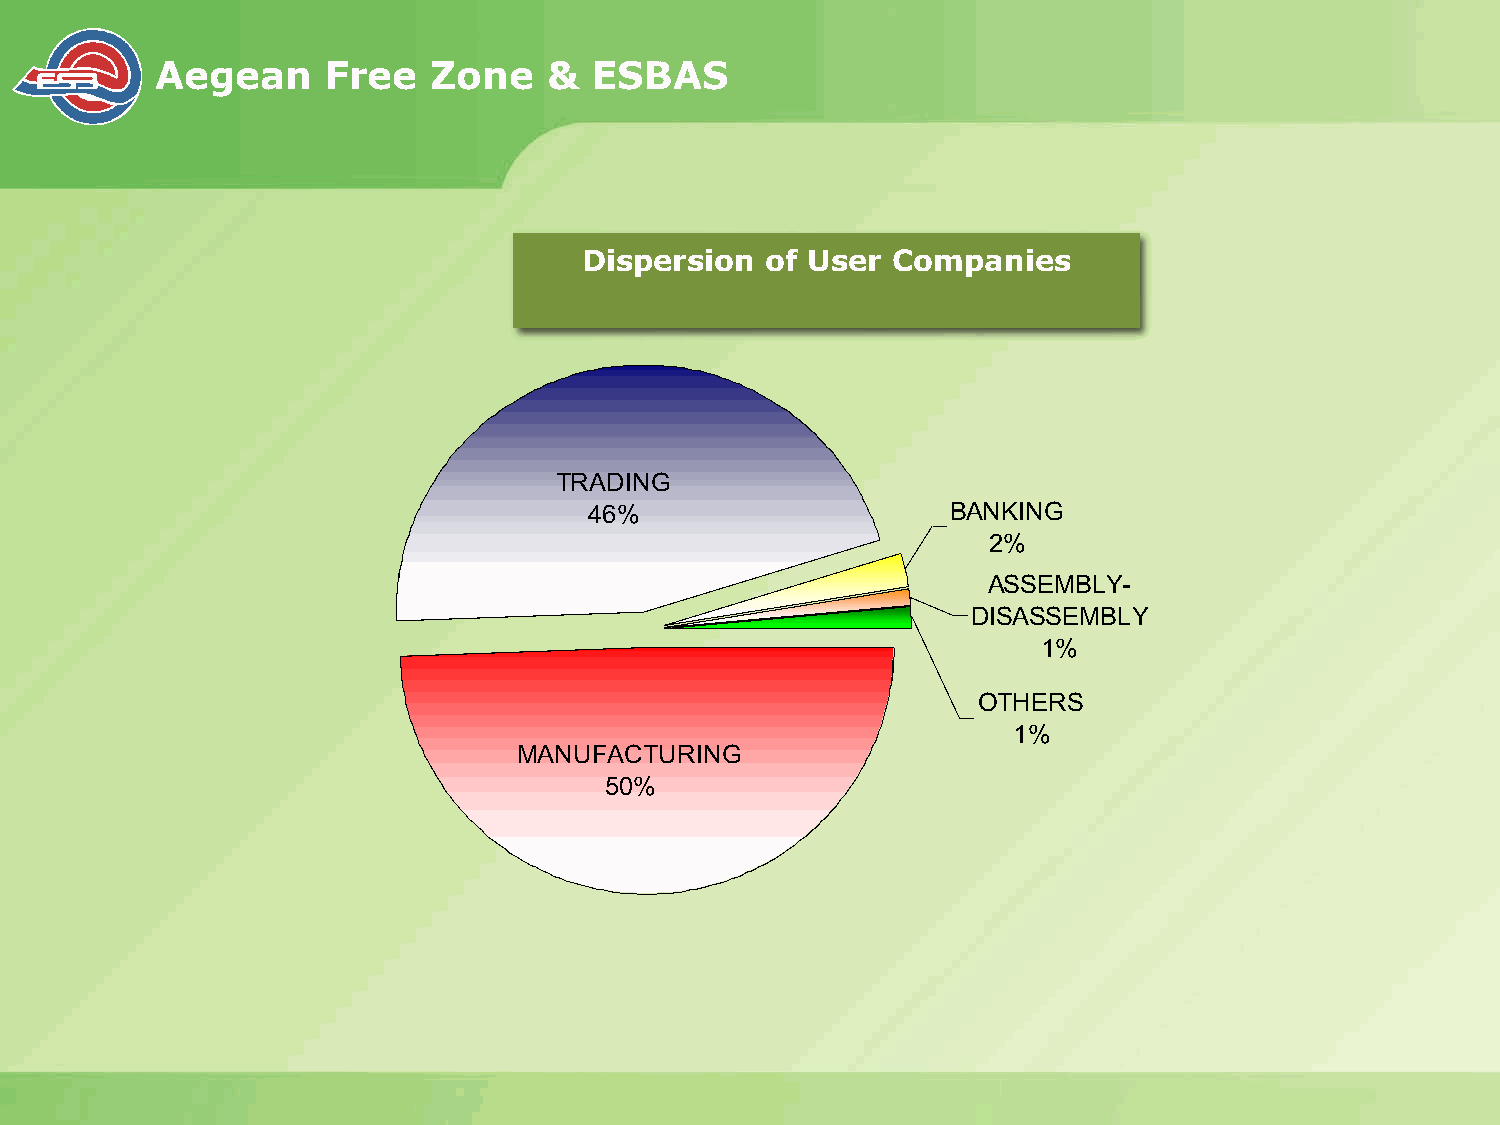
Aegean      Free   Zone   &  ESBAS
 Dispersion  of User Companies
 TRADING
 46%                     BANKING
 2%
 ASSEMBLY-
 DISASSEMBLY
 1%
 OTHERS
 1%
 MANUFACTURING
 50%